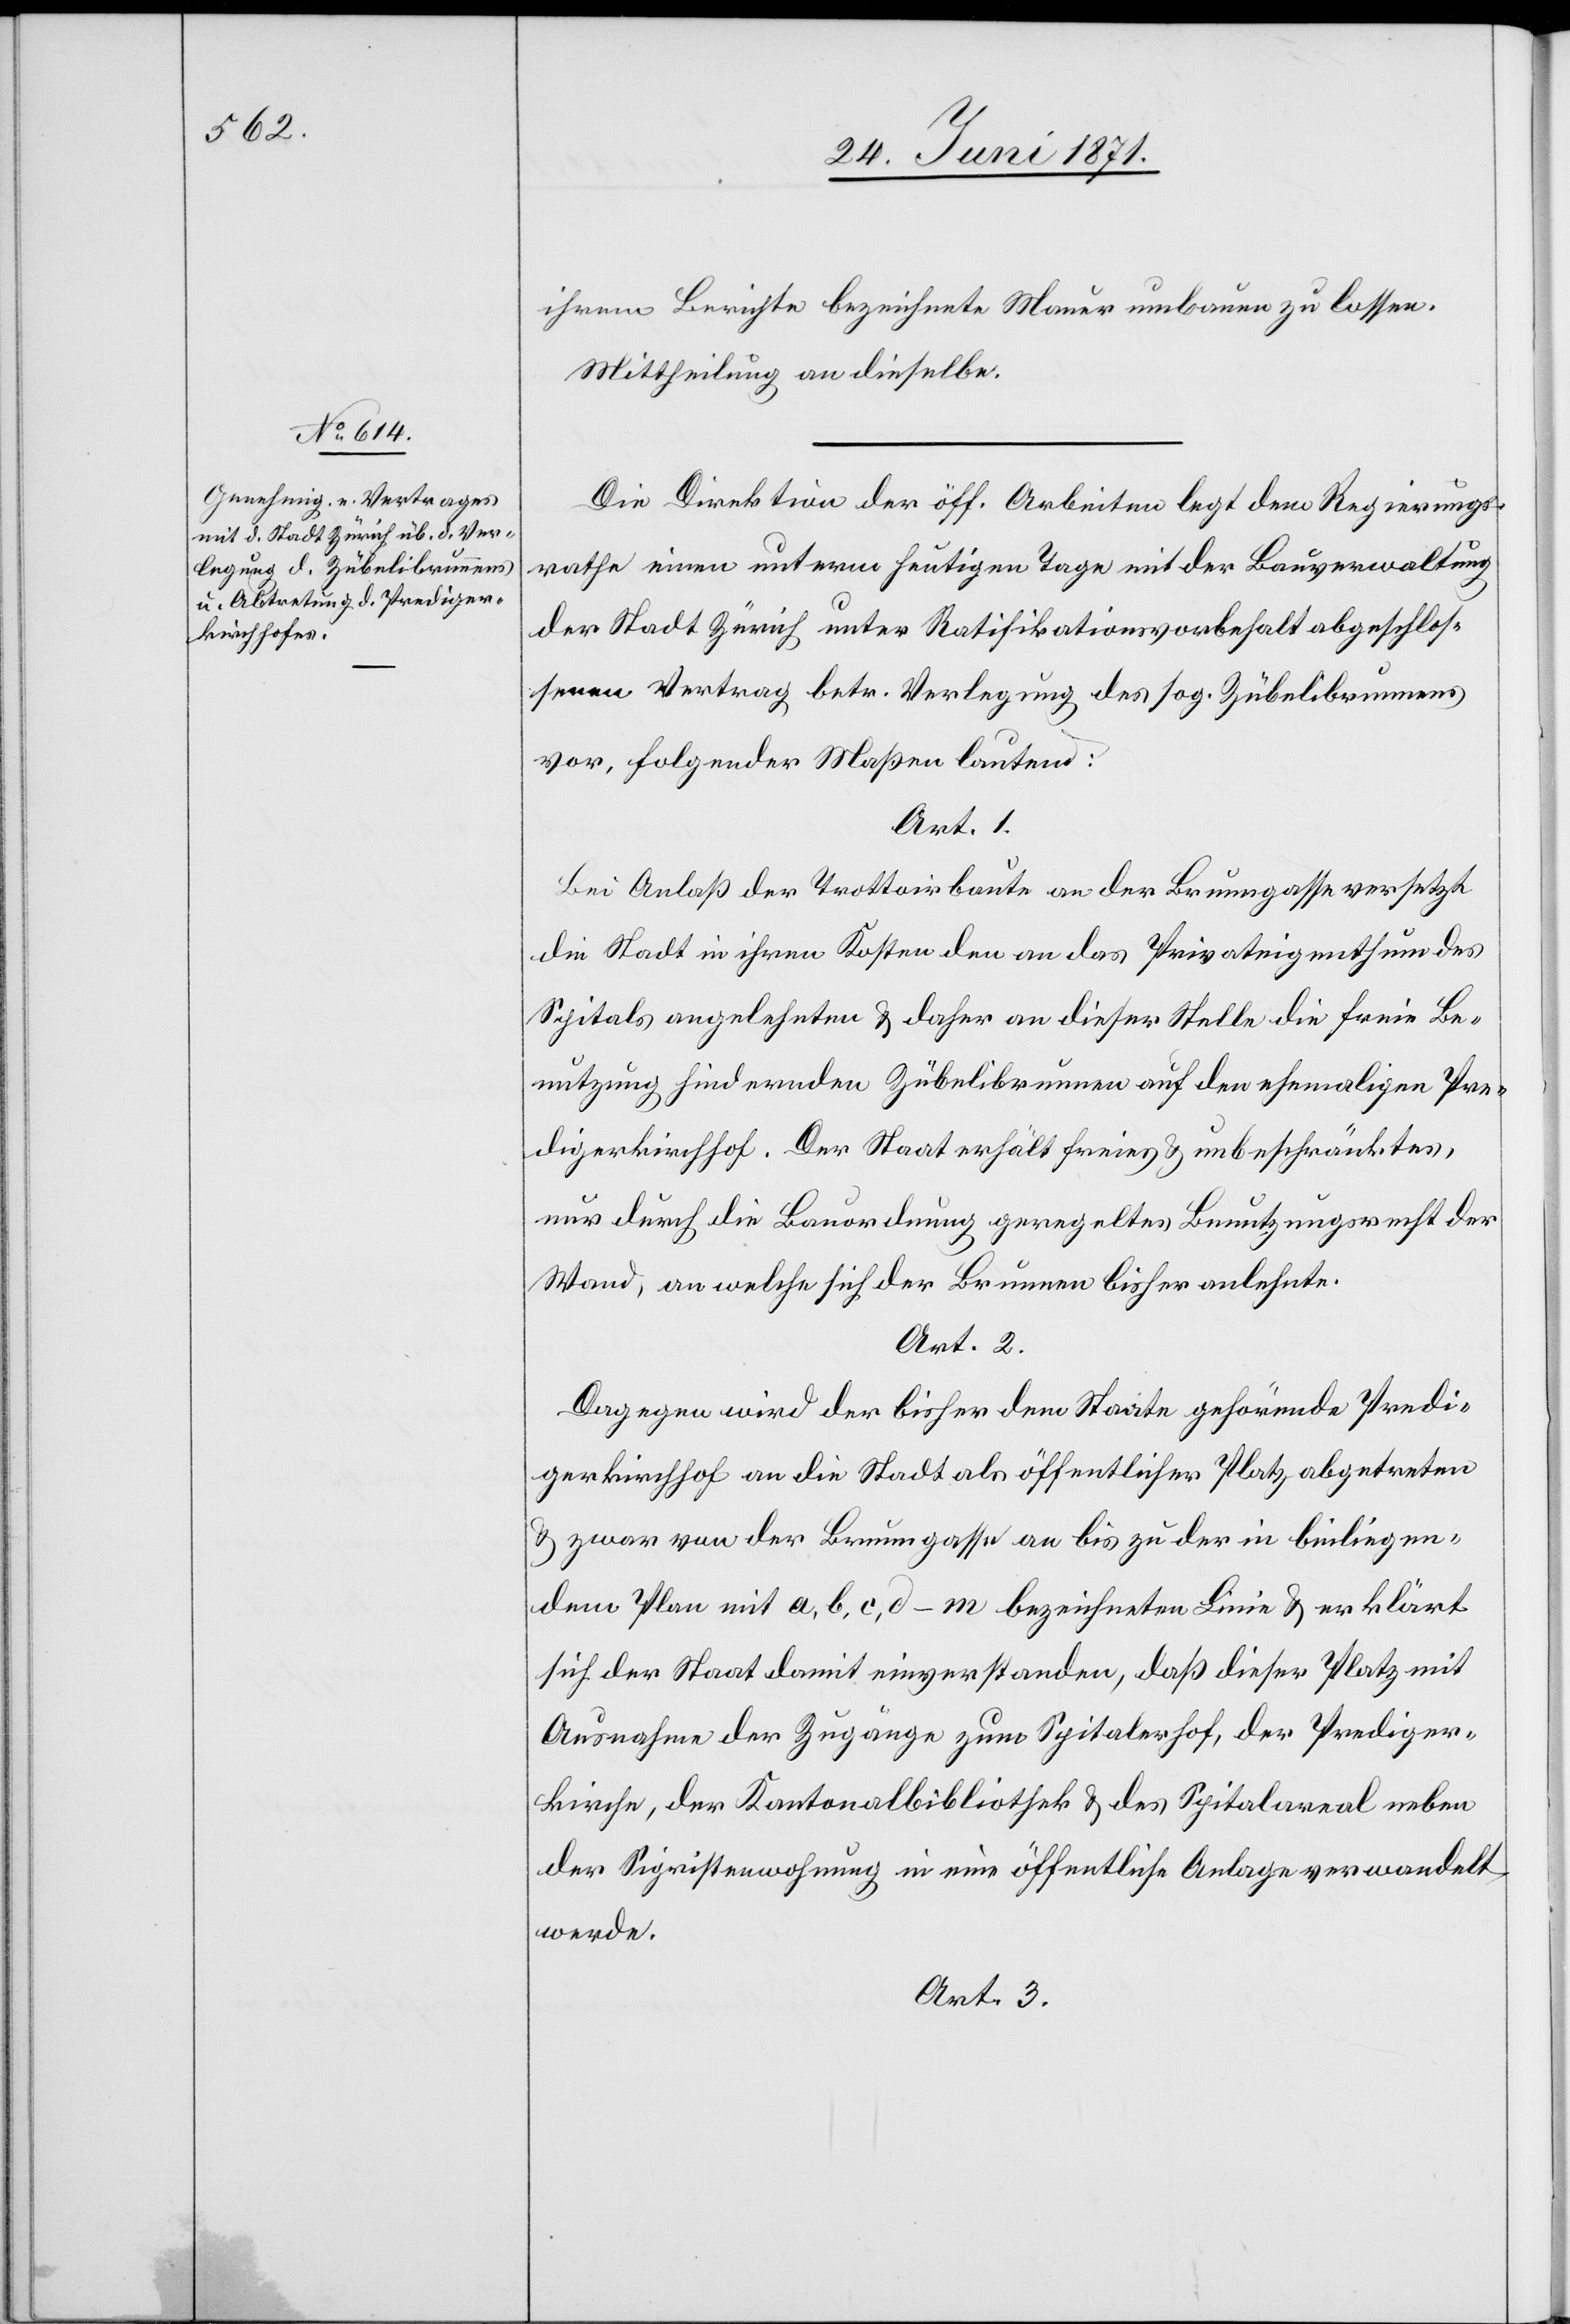
ihrem Berichte bezeichnete Mauer umbauen zu lassen.
Mittheilung an dieselbe.
Die Direktion der öff. Arbeiten legt dem Regierungs¬
rathe einen unterm heutigen Tage mit der Bauverwaltung
der Stadt Zürich unter Ratifikationsvorbehalt abgeschlos¬
senen Vertrag betr. Verlegung des sog. Zübelibrunnens
vor, folgender Maßen lautend:
Art. 1.
Bei Anlaß der Trottoirbaute an der Brunngasse versetzt
die Stadt in ihren Kosten den an das Privateigenthum des
Spitals angelehnten u. daher an dieser Stelle die freie Be¬
nutzung hindernden Zübelibrunnen auf den ehemaligen Pre¬
digerkirchhof. Der Staat erhält freies u. unbeschränktes
nur durch die Bauordnung geregeltes Benutzungsrecht der
Wand, an welche sich der Brunnen bisher anlehnte.
Art. 2.
Dagegen wird der bisher dem Staate gehörende Predi¬
gerkirchhof an die Stadt als öffentlicher Platz abgetreten
u. zwar von der Brunngasse an bis zu der in beiliegen¬
dem Plan mit a, b, c, d–m bezeichneten Linie u. erklärt
sich der Staat damit einverstanden, daß dieser Platz mit
Ausnahme der Zugänge zum Spitalerhof, der Prediger¬
kirche, der Kantonalbibliothek u. des Spitalareal neben
der Sigristenwohnung in eine öffentliche Anlage verwandelt
werde.
Art. 3.